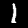
Label: 1